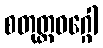
စတုတ္ထဝဂ္ဂေါ